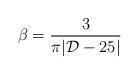
LaTeX: \begin{align*}\beta = { 3 \over \pi |{\cal D}-25|}\end{align*}